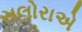
સલોરાએ